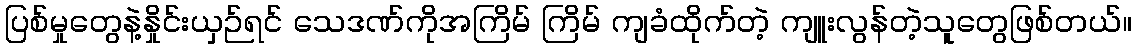
ပြစ်မှုတွေနဲ့နှိုင်းယှဉ်ရင် သေဒဏ်ကိုအကြိမ် ကြိမ် ကျခံထိုက်တဲ့ ကျူးလွန်တဲ့သူတွေဖြစ်တယ်။